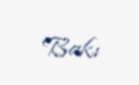
Bakı